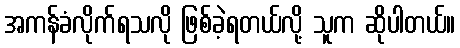
အကန်ခံလိုက်ရသလို ဖြစ်ခဲ့ရတယ်လို့ သူက ဆိုပါတယ်။